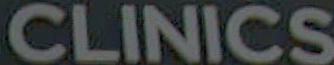
CLINICS